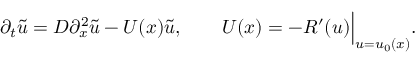
\partial _ { t } { \tilde { u } } = D \partial _ { x } ^ { 2 } { \tilde { u } } - U ( x ) { \tilde { u } } , \qquad U ( x ) = - R ^ { \prime } ( u ) { \Big | } _ { u = u _ { 0 } ( x ) } .